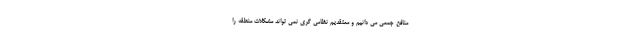
منافع جمعی می دانیم و معتقدیم نظامی گری نمی تواند مشکلات منطقه را